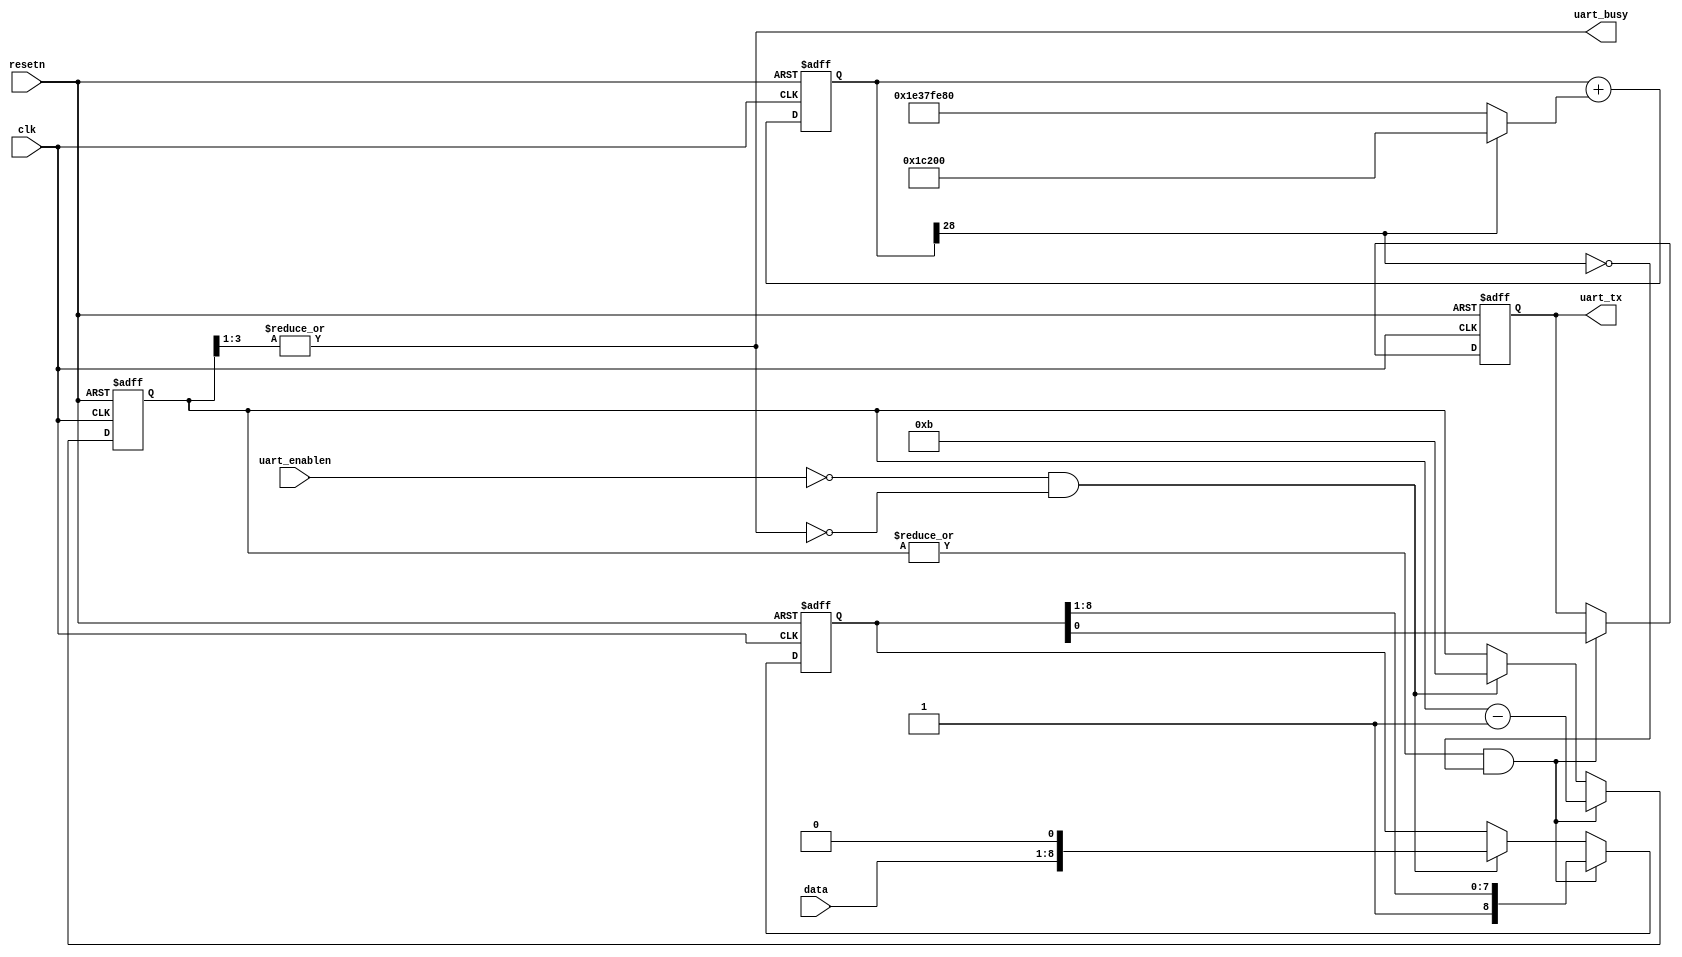
module uart (
	input clk,
	input resetn,
	input uart_enablen,
	input [7:0] data,
	output uart_busy,
	output reg uart_tx
);
	reg [3:0] bitcount;
	reg [8:0] shifter;
	wire sending = |bitcount;
	wire uart_busy = |bitcount[3:1];

	// create 115200Hz clock (sysclk: 30000000Hz)
	reg [28:0] d;
	wire [28:0] dInc = d[28] ? (115200) : (115200 - 30000000);
	wire [28:0] dNxt = d + dInc;
	always @(posedge clk or negedge resetn) begin
		if(!resetn) begin
			d <= 29'b0;
		end else begin
			d <= dNxt;
		end
	end
	wire ser_clk = ~d[28];

	always @(posedge clk or negedge resetn) begin
		if(!resetn) begin
			uart_tx <= 1;
			bitcount <= 0;
			shifter <= 0;
		end else begin
			if(~uart_enablen & ~uart_busy) begin
				shifter <= {data[7:0], 1'h0};
				bitcount <= (1 + 8 + 2);
			end

			if(sending & ser_clk) begin
				{shifter, uart_tx} <= {1'h1, shifter};
				bitcount <= bitcount - 1;
			end
		end
	end
endmodule